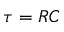
\tau = R C